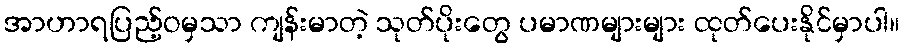
အာဟာရပြည့်ဝမှသာ ကျန်းမာတဲ့ သုတ်ပိုးတွေ ပမာဏများများ ထုတ်ပေးနိုင်မှာပါ။